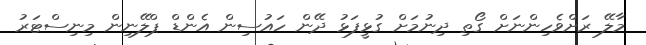
މާލޭ ރަށްވެހިންނަށް ގޯތި ދިނުމަށް ގުޅީފަޅު ދޭން ހައުސިން އެންޑް ޕްލޭނިން މިނިސްޓަރު